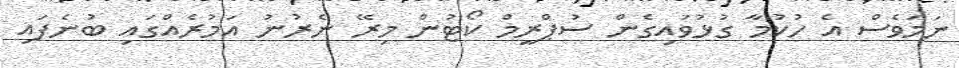
ނަމަވެސް އެ ހުކުމާ ގުޅުވައިގެން ސުޕްރީމް ކޯޓުން މިރޭ ނެރުނު އަމުރެއްގައި ބުނެފައި